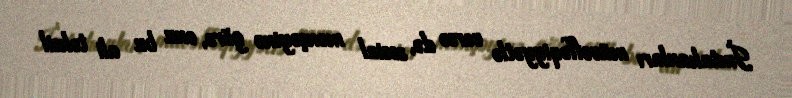
İmtahanları müvəffəqiyyətlə versə də, sosial mənşəyinə görə, onu bu ali təhsil